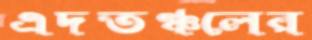
এদতঞ্চলের